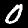
Digit: 0